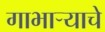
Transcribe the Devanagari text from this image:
गाभाऱ्याचे